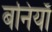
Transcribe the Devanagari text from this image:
बनियाँ